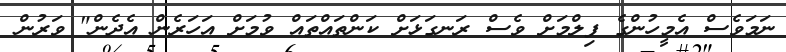
ނަމަވެސް އެމީހުންގެ ފިލްމަށް ވެސް ރަނގަޅަށް ކަންތައްތައް ވުމަށް އަހަރެން އެދެން" ވަރުން